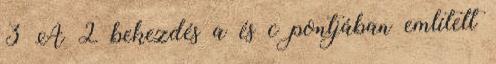
3 A 2 bekezdés a és c pontjában említett